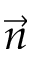
\vec { n }